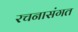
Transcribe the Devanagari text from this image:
रचनासंगत